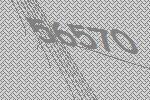
56570